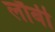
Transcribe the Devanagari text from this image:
लौबी